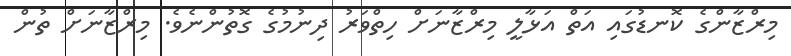
މިރްޒާންގެ ކޮނޑުގައި އަތް އަޅާލީ މިރްޒާނަށް ހިތްވަރު ދިނުމުގެ ގޮތުންނެވެ. މިރްޒާނަށް ތުން